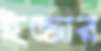
ইজ্জার